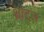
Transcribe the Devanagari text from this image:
थ्रोट्ल